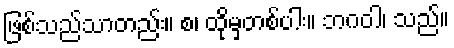
ဖြစ်သည်သာတည်း။ စ၊ ထိုမှတစ်ပါး။ ဘဂဝါ၊ သည်။